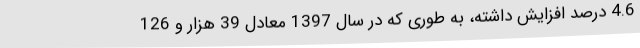
4.6 درصد افزایش داشته، به طوری که در سال 1397 معادل 39 هزار و 126